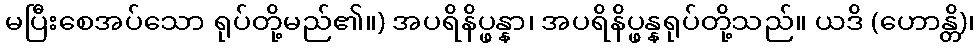
မပြီးစေအပ်သော ရုပ်တို့မည်၏။) အပရိနိပ္ဖန္နာ၊ အပရိနိပ္ဖန္နရုပ်တို့သည်။ ယဒိ (ဟောန္တိ)၊